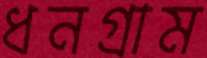
ধনগ্রাম